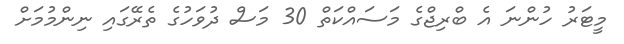
މީޓަރު ހުންނަ އެ ބްރިޖްގެ މަސައްކަތް 30 މަސް ދުވަހުގެ ތެރޭގައި ނިންމުމަށް